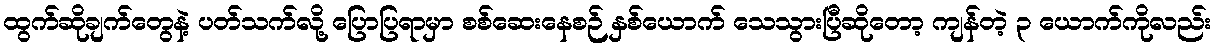
ထွက်ဆိုချက်တွေနဲ့ ပတ်သက်လို့ ပြောပြရာမှာ စစ်ဆေးနေစဉ် နှစ်ယောက် သေသွားပြီဆိုတော့ ကျန်တဲ့ ၃ ယောက်ကိုလည်း